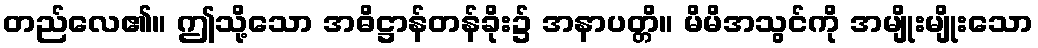
တည်လေ၏။ ဤသို့သော အဓိဋ္ဌာန်တန်ခိုး၌ အနာပတ္တိ။ မိမိအသွင်ကို အမျိုးမျိုးသော